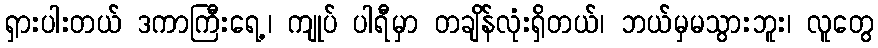
ရှားပါးတယ် ဒကာကြီးရေ့၊ ကျုပ် ပါရီမှာ တချိန်လုံးရှိတယ်၊ ဘယ်မှမသွားဘူး၊ လူတွေ